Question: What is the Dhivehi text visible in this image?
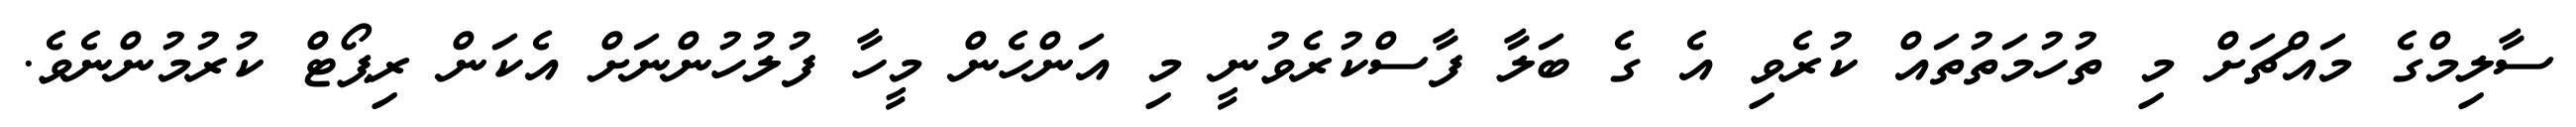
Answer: ސާލިމްގެ މައްޗަށް މި ތުހުމަތުތައް ކުރެވި އެ ގެ ބަލާ ފާސްކުރެވުނީ މި އަންހެން މީހާ ފުލުހުންނަށް އެކަން ރިޕޯޓް ކުރުމުންނެވެ.